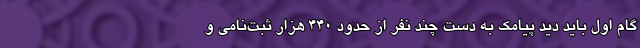
گام اول باید دید پیامک به دست چند نفر از حدود 440 هزار ثبت‌نامی و